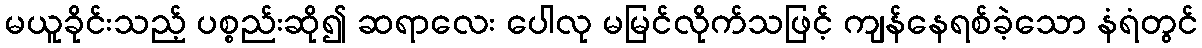
မယူခိုင်းသည့် ပစ္စည်းဆို၍ ဆရာလေး ပေါလု မမြင်လိုက်သဖြင့် ကျန်နေရစ်ခဲ့သော နံရံတွင်